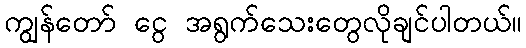
ကျွန်တော် ငွေ အရွက်သေးတွေလိုချင်ပါတယ်။